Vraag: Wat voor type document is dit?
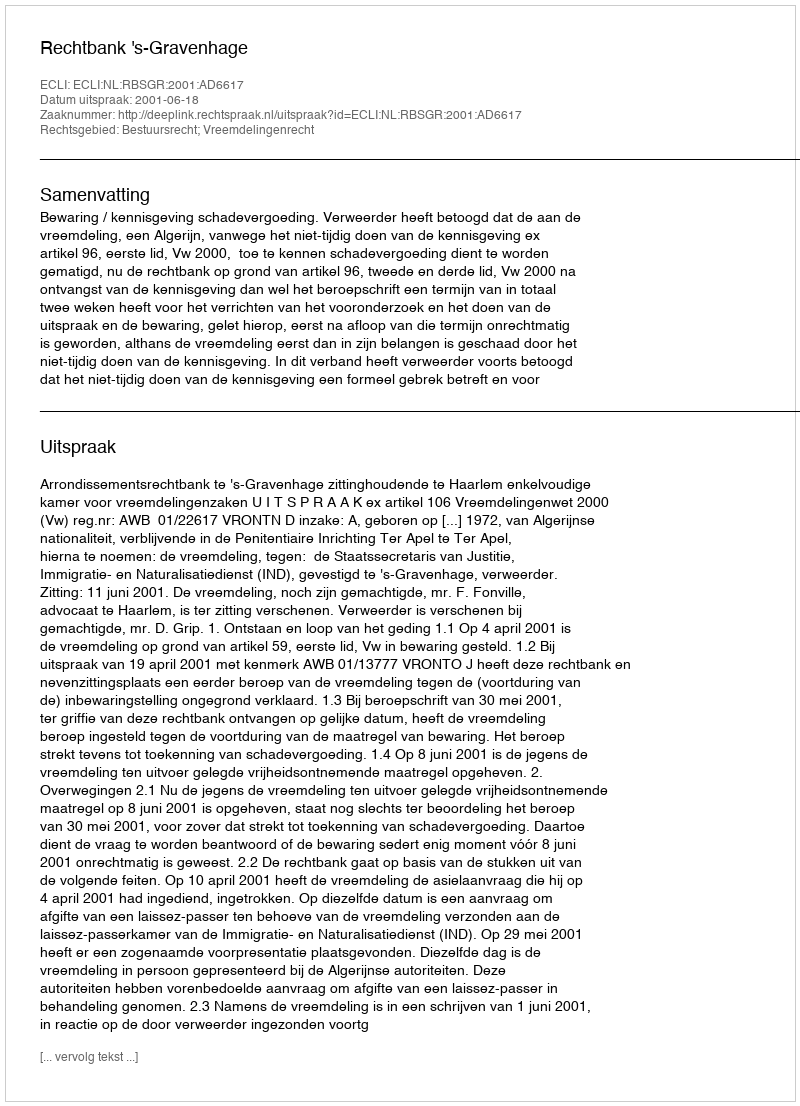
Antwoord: Uitspraak